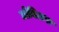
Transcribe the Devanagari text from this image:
टोबिअस